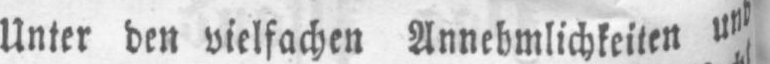
Unter den vielfachen Annehmlichkeiten und